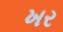
ખર